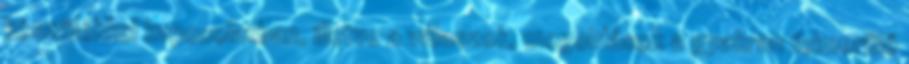
készülékkel kapcsolatban, illetve a válaszok, megoldások a gyakran felmerülő